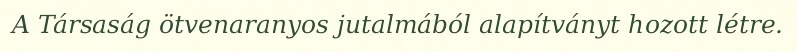
A Társaság ötvenaranyos jutalmából alapítványt hozott létre.